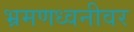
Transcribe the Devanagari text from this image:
भ्रमणध्वनीवर